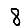
Digit: 8